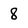
Character: 8